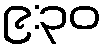
၉:၃၀